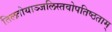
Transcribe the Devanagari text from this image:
तिलतोयाञ्जलिस्तवोपतिष्ठताम्